system: You are a helpful assistant.
user:
Analyze the provided spectrum to determine if it is a **M-type Giant (gM)**.

A M-type Giant spectrum is defined by its **strong molecular absorption** features, particularly from **Titanium Oxide (TiO)**. You must check for one of the following mutually exclusive signatures:

- **Key Visual Indicators (Absorption-Dominated Spectrum):**

    - **(Primary):** The spectrum is dominated by strong molecular absorption from **Titanium Oxide (TiO)**. This is the **defining feature** of its M-type temperature class.
        - **(Key Bandheads):** Look for sharp, "saw-tooth" absorption valleys. The strongest are located near **~7050 Å**, **~6160 Å**, and **~5170 Å**.
        - **(Line Profile):** The "saw-tooth" morphology is critical: a **sharp, steep drop on the BLUE (short-wavelength) side** of the bandhead, followed by a gradual recovery (rising flux) towards the RED (long-wavelength) side.

    - **(Key Confirmation - Giant vs. Dwarf):** **ABSENCE** of strong **Calcium Hydride (CaH)** molecular bands. This is the primary diagnostic for *excluding* M-dwarfs.
        - **(Key Region):** The spectrum should lack the strong, broad absorption band seen in dwarfs between **~6800 Å and ~7000 Å**.

    - **(Secondary Confirmation - Giant):** A very strong and broad **Neutral Calcium (Ca I)** atomic absorption line.
        - **(Key Line):** Located at **~4226 Å**. In a giant (gM), this line is significantly deeper and broader than the same line in an M-dwarf (dM) due to low surface gravity.

    - **(Overall Spectrum):**
        - The continuum is **extremely red-sloping** (i.e., flux is very low in the blue and rises dramatically towards the red).
        - The entire spectrum appears "chopped up" by the deep TiO bands.

Think first, call **spectral_visualization_tool** if needed to examine features in detail, then provide your final answer. Your response must adhere to the following strict rules:
1.  **Overall Structure:** Your response must follow the format `<think>...</think> <tool_call>...</tool_call> (if a tool is used) <answer>...</answer>`.
2.  **Tool Usage Constraint:** You may only make **one** tool call per turn.
3.  **Final Answer Format:** In the `<answer>` tag, your conclusion must be inside a `\boxed{}` command (e.g., `\boxed{YES}` or `\boxed{NO}`), followed by your justification.

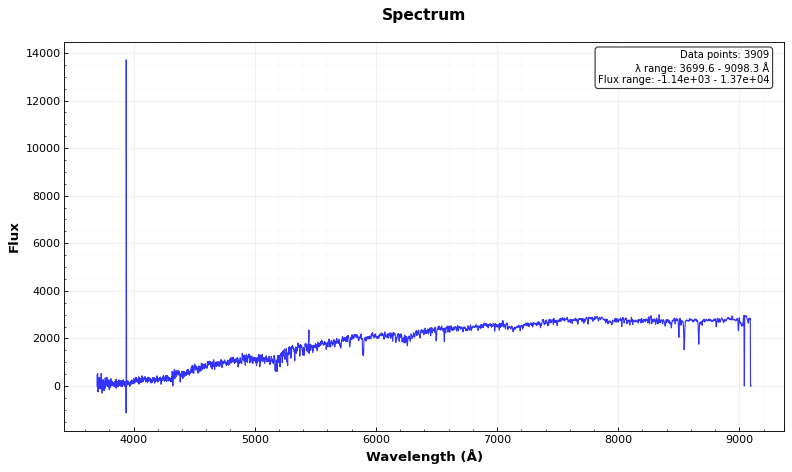
Answer: YES